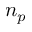
n _ { p }